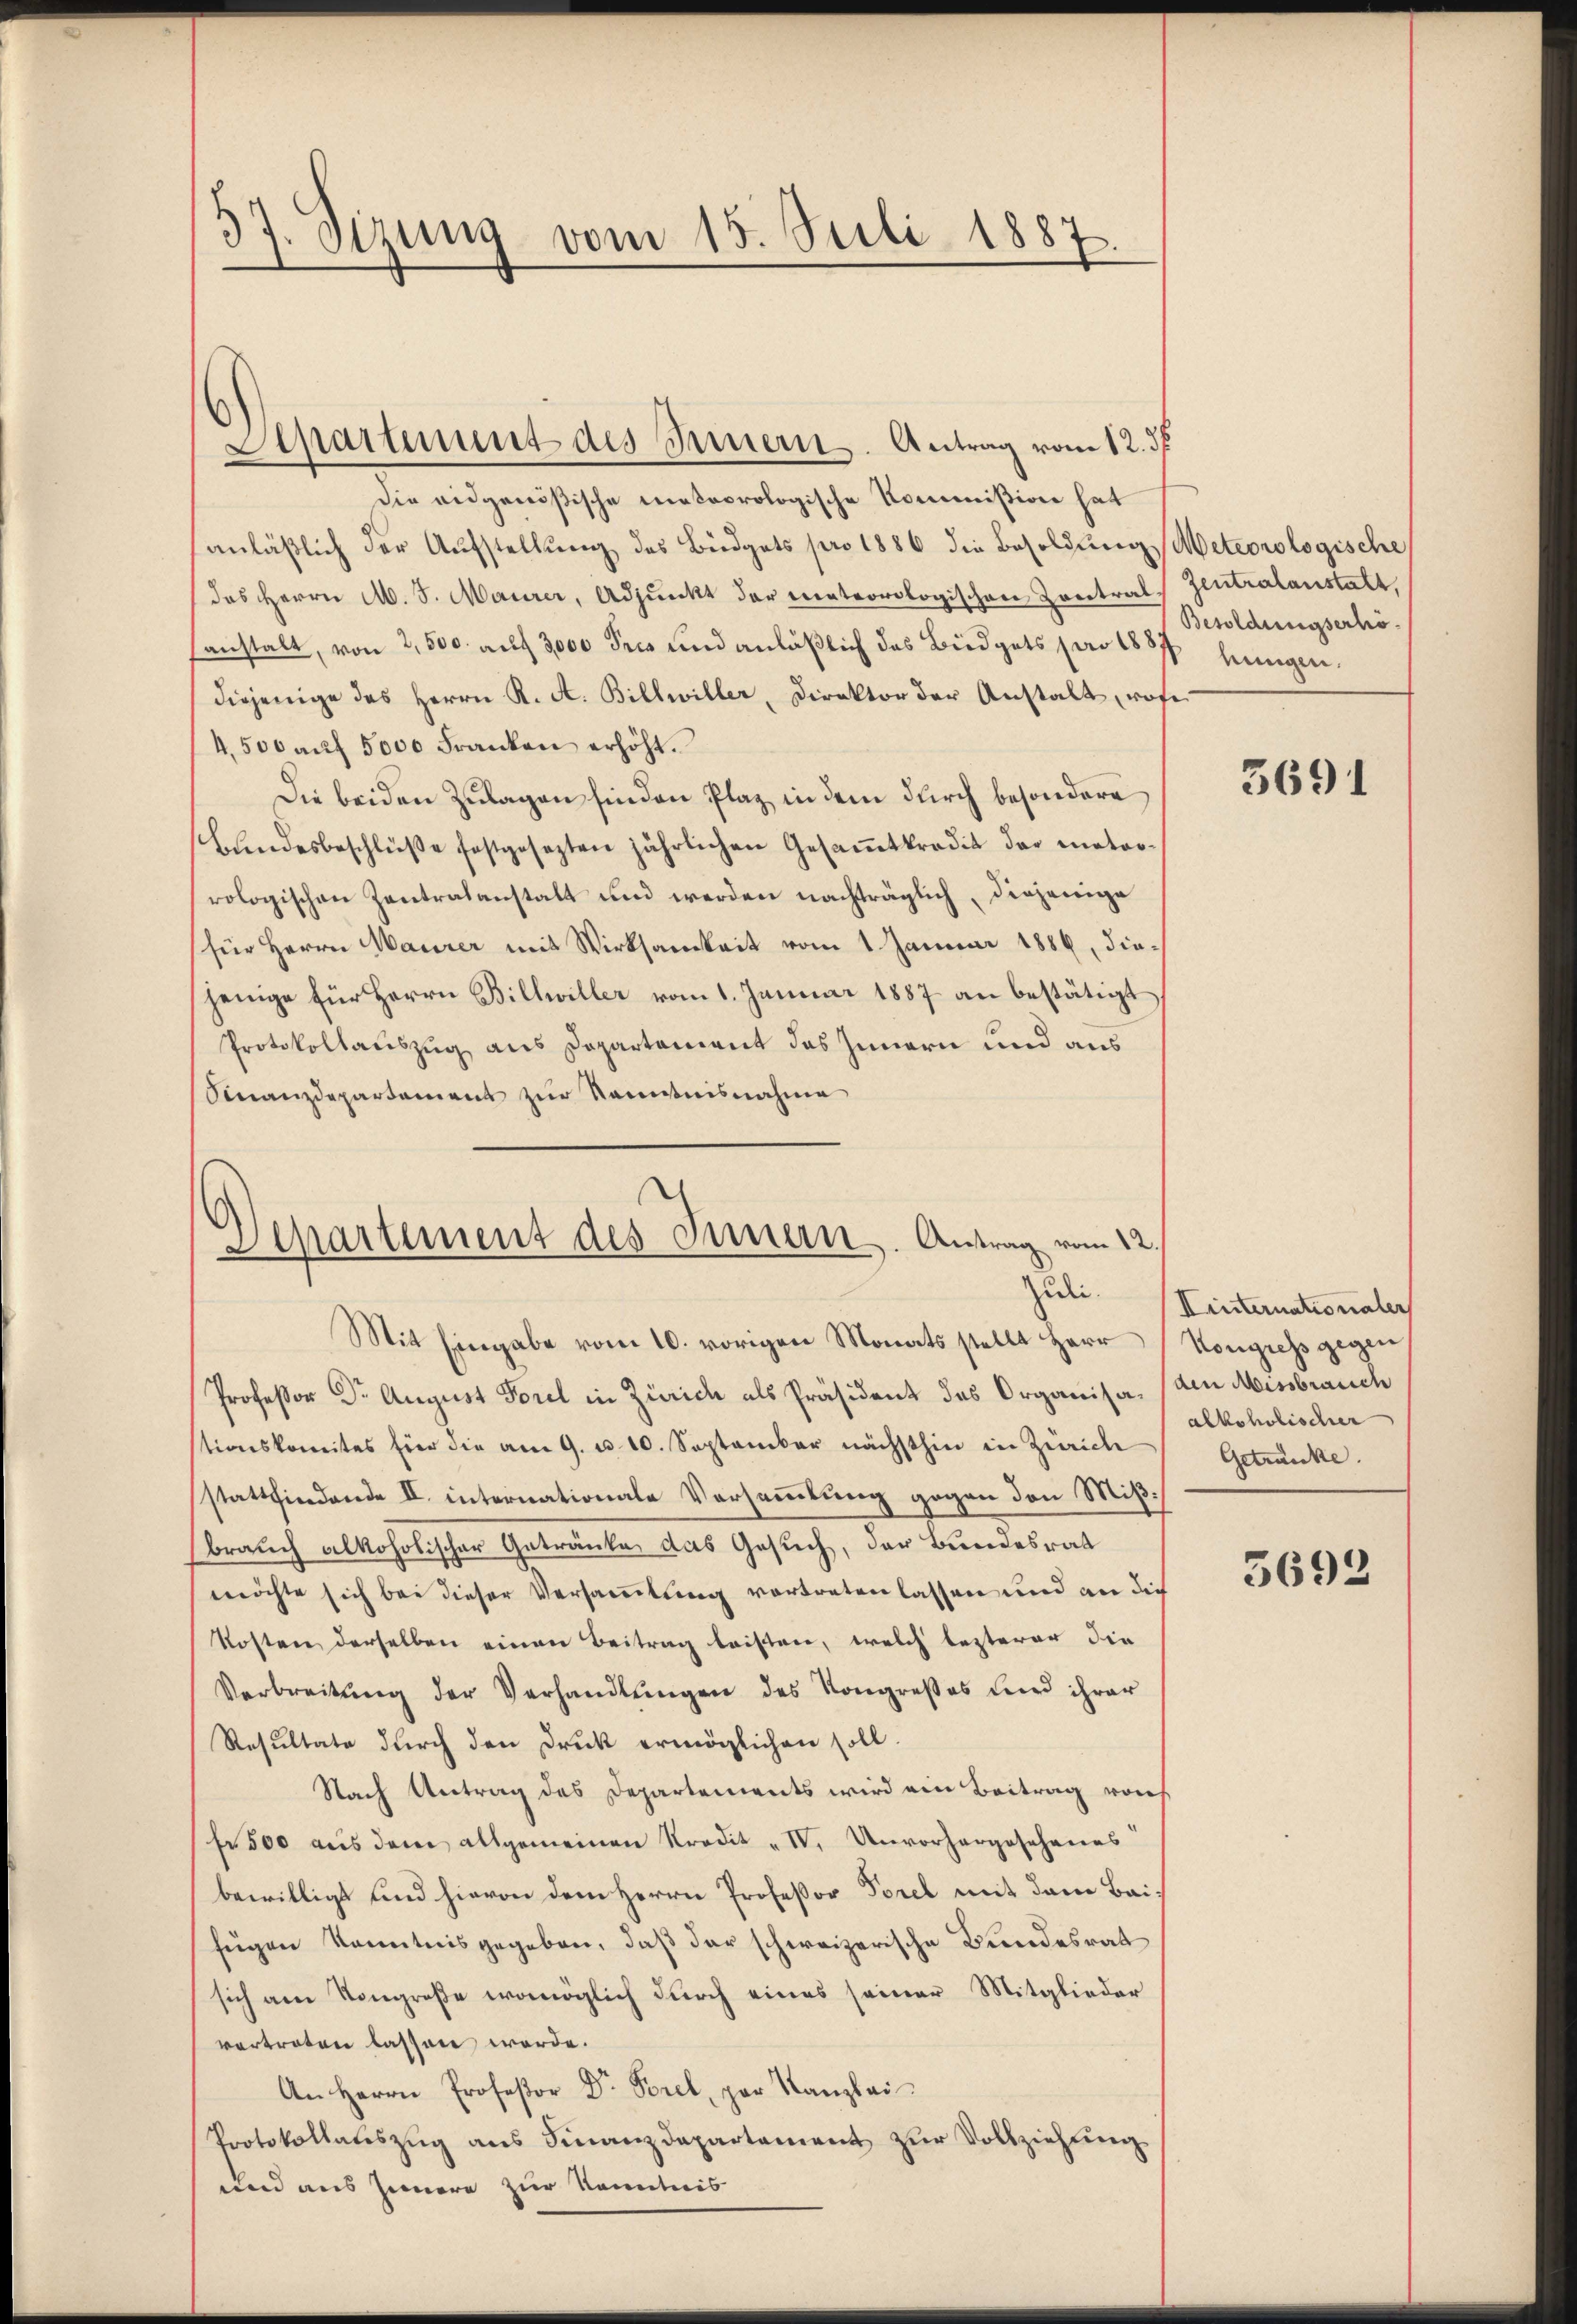
37. Sizung vom 15. Juli 1887.

Departement des Innern. Antrag vom 12. ds.
die eidgenößische meteorologische Kommißion hat
anläßlich der Aufstellung des Büdgets pro 1886 die Besoldung, Meteorologische
das Herrn M. J. Maurer, Adjunkt der meteorologischen Contral,
sanstalt, von 2,500. aŭf 3,000 Fris und anläßlich das Büdgets pro 1887 heinigen,
diejenige des Herrn K. A. Billwiller, Direktor der Anstalt, rofe
4,500 aŭf 5000 Franken erhöht.
Die beiden Zulagen finden Plaz in dem durch besondere
Bundesbeschlüβe festgesezten jährlichen Gesaṁtkredit der motorrologischen Zentralanstalt und werden nachträglich, diejenige
für Herrn Maurer mit Wirksamkeit vom 1 Januar 1886, diejenige für Herrn Billwiller vom 1. Januar 1887 an bestätigt
Protokollauszug aus Departement das Innern und aus
Finanzdepartement zur Kenntnisnahme

Departement des Innern. Antrag vom 12.
Zuli.

Mit Eingabe vom 10. vorigen Monats stellt Herr
Professor Dr. August Forel in Zürich als Präsident des Organisa, (den Missbrauch
tionskomites für die am 9. u. 10. September nächsthin in Zürich
stattfindende II. internationale Versammlung gegen den Mißbrauch alkoholischer Getränke das Gesuch, der Bundesrat
möchte sich bei dieser Versammlung vortreten lassen und an die
Kosten derselben einen Beitrag leisten, welch lezterer die
Verbreitŭng der Verhandlŭngen des Kongreßes und ihrer
Resultate durch den Druck ermöglichen soll.
Nach Antrag des Departements wird ein Beitrag vorh
fr 500 aŭs dem allgemeinen Kredit "IV. Unvorhergesehenes
bewilligt und hievon dem Herrn Profeßor Forel mit dem Baifügen Kenntnis gegeben, daß der schweizerische Bundesrat
sich am Kongroße womöglich durch eines seiner Mitglieder
vertreten lassen werde.
An Herrn Profeßor Dr. Forel, par Kanzlei
Protokollateszug aus Finanzdepartement zur Vollziehung
und aus Innere zur Kenntnis

Zentralanstalt,
Besoldungserhö¬

3691

Kinternationaler
Kongress gegen
alkoholischer
Getränke.

5693